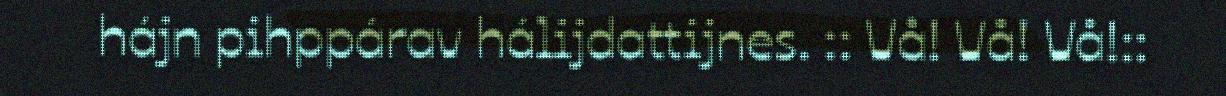
hájn pihppárav hálijdattijnes. :: Vå! Vå! Vå!::